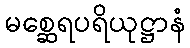
မစ္ဆေရပရိယုဋ္ဌာနံ